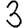
Digit: 3